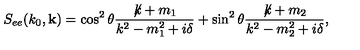
S _ { e e } ( k _ { 0 } , { \bf k } ) = \cos ^ { 2 } \theta \frac { \not \! k + m _ { 1 } } { k ^ { 2 } - m _ { 1 } ^ { 2 } + i \delta } + \sin ^ { 2 } \theta \frac { \not \! k + m _ { 2 } } { k ^ { 2 } - m _ { 2 } ^ { 2 } + i \delta } ,